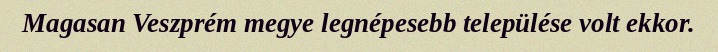
Magasan Veszprém megye legnépesebb települése volt ekkor.